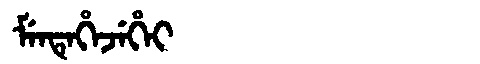
Manchu: ᠮᡝᠨᡨᡝᡥᡝᠵᡝᡥᡝᡳ
Romanization: MENTEHEJEHEI